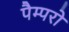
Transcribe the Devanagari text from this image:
पैम्परो